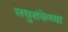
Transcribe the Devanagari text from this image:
लघुशंकेच्या